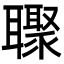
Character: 𮋼